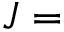
J =